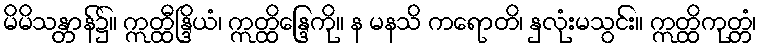
မိမိသန္တာန်၌။ ဣတ္ထီန္ဒြိယံ၊ ဣတ္ထိန္ဒြေကို။ န မနသိ ကရောတိ၊ နှလုံးမသွင်း။ ဣတ္ထိကုတ္တံ၊